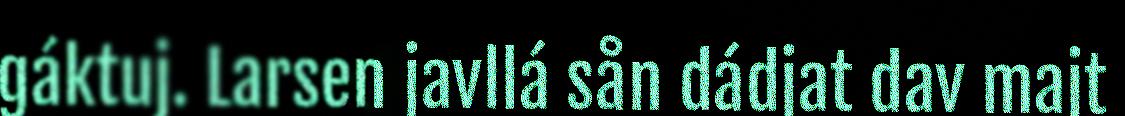
gáktuj. Larsen javllá sån dádjat dav majt